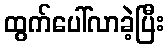
ထွက်ပေါ်လာခဲ့ပြီး